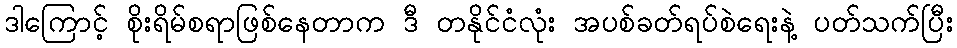
ဒါကြောင့် စိုးရိမ်စရာဖြစ်နေတာက ဒီ တနိုင်ငံလုံး အပစ်ခတ်ရပ်စဲရေးနဲ့ ပတ်သက်ပြီး